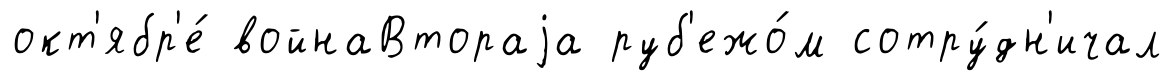
окт'ябр'е́ войнаВтораjа руб'ежо́м сотру́дн'ичал